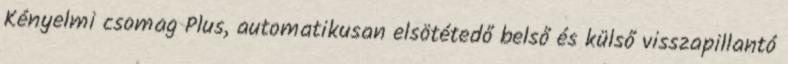
Kényelmi csomag Plus, automatikusan elsötétedő belső és külső visszapillantó